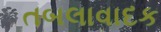
તબલાવાદક